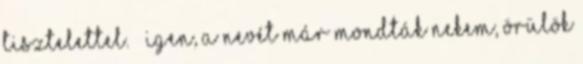
tisztelettel. – Igen, a nevét már mondták nekem, örülök